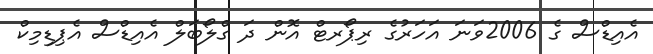
އެއިޑްސް ގެ 2006ވަނަ އަހަރުގެ ރިޕޯރޓް އޮން ދަ ގްލޯބަލް އެއިޑްސް އެޕިޑިމިކް